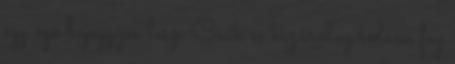
egy ego bejegyzés lesz. Csak és kizárólag rólam fog